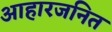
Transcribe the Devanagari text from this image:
आहारजनित